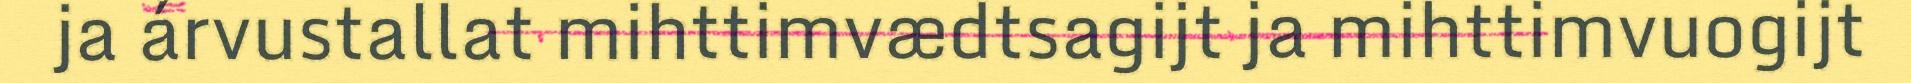
ja árvustallat mihttimvædtsagijt ja mihttimvuogijt